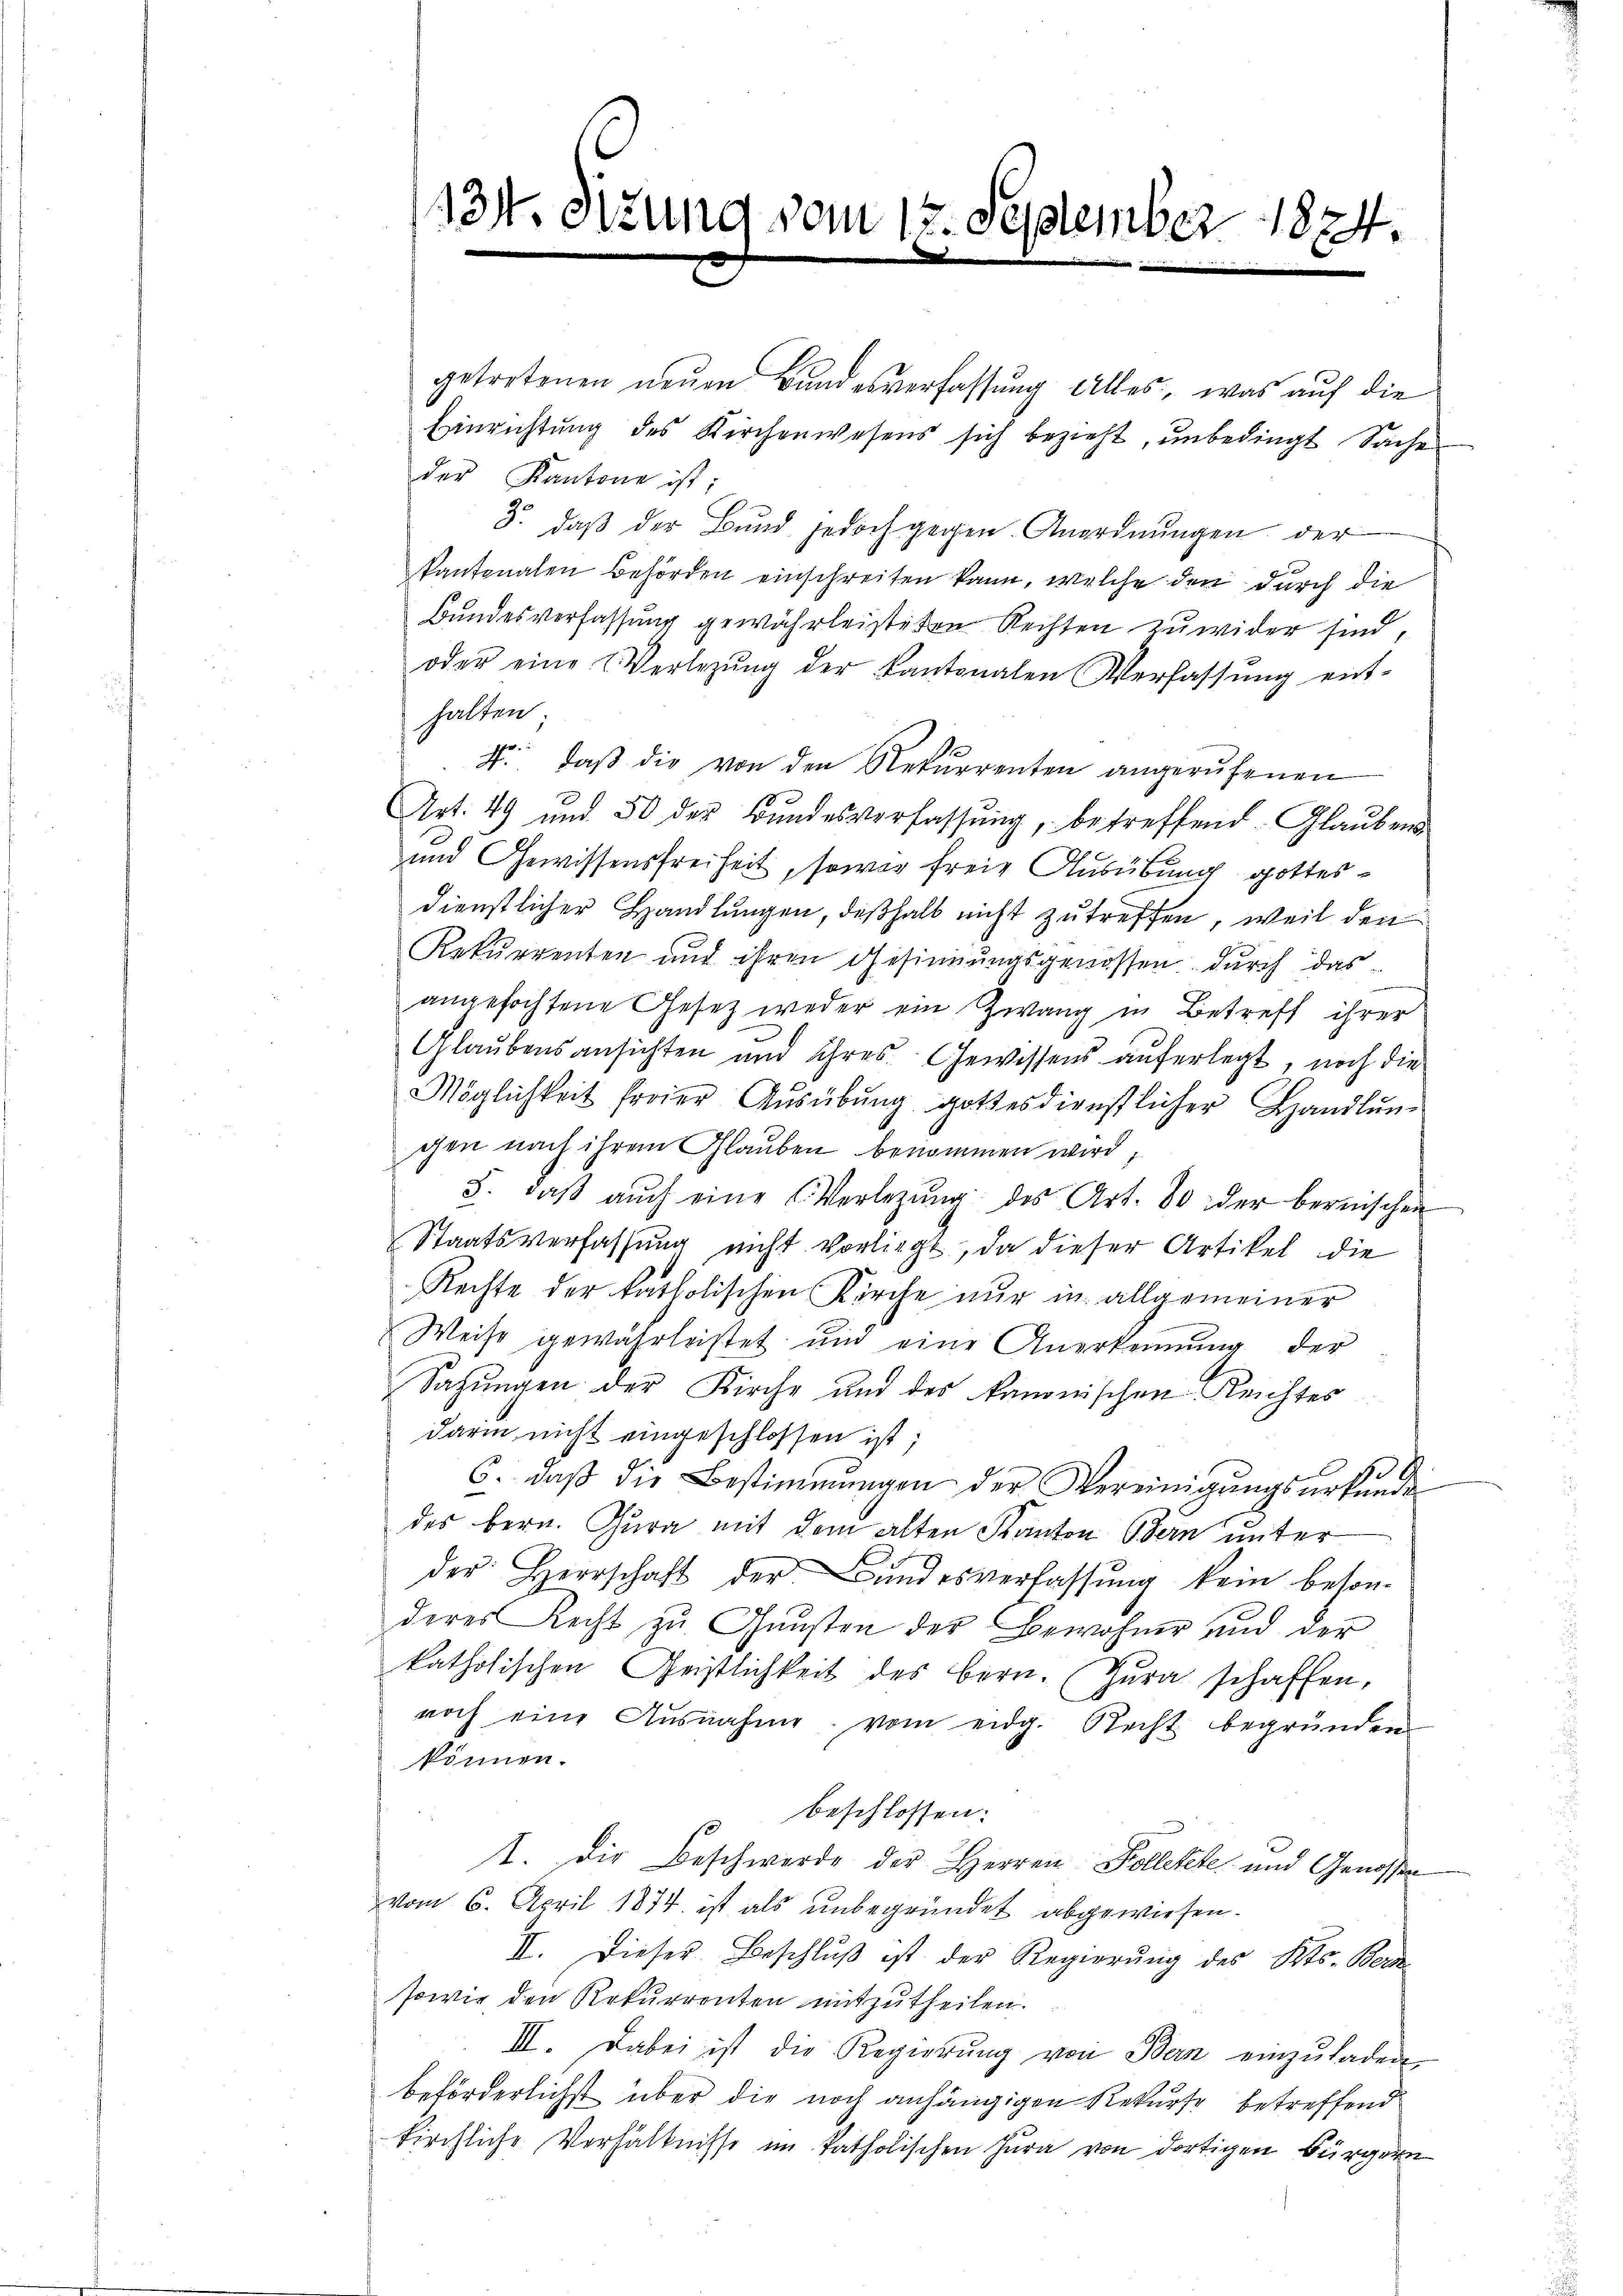
134.

tzung vom 17. September 1874.

getretenen neuen Bundesverfassung alles, was auf die
Einrichtung des Kirchenwesens sich bezieht, unbedingt Sache
der Kantone ist;
3. daß der Bund jedoch gegen Anordnungen der
kantonalen Behörden einschreiten kann, welche den durch die
Bundesverfassung gewährleisteten Rechten zuwider sind,
oder eine Verlegŭng der Kantonalen Verfassŭng ent-
halten
N. daβ die von den Rekurrenten angerŭfenen
Art. 49 und 50 des Bundesverfassung, betreffend Glaubens
und Gewissensfreiheit, sowas freie Ausübung gottesdienstlicher Handlungen, deßhalb nicht zu treffen, weil den
Rekurrenten und ihren Gesinnungsgenossen durch das
angefochtene Gesetz weder ein Zwang in Betreff ihrer
Glaubensansichten und ihres Gewissens auferlegt, noch die
Möglichkeit freier Aŭsübŭng gottesdienstlicher Handlŭn-
gen nach ihrem Glauben benommen wird;
3. daβ aŭch eine Verlegŭng des Art. 80 der bernischen
Staatsverfassung nicht vorliegt, da dieser Artikel die
Rechte der katholischen Kirche nur in allgemeiner
Weise gewährleistet und eine Anerkennung der
Sahungen der Kirche und des kanonischen Reichtes
darin nicht eingeschlossen ist;
l
6. daß die Bestimmungen der Vereinigungsurkunde
des Bern. Cura mit dem alten Kanton Bern unter
der Herrschaft der Bŭndesverfassŭng kein beson-
deres Recht zu Gunsten der Bewohner und der
katholischen Geistlichkeit des Bern. Zŭra schaffen,
noch eine Ausnahme vom eidg. Recht begründen
können.
beschlossen:
t. Die Beschwerde der Herren Kolletete und Genossen
vom 6. April 1874 ist als unbegründet abgewiesen.
II. Dieser Beschluß ist der Regierung des Kts. Bern
sowie den Rekurrenten mitzutheilen.
III. Dabei ist die Regierŭng von Bern einzŭladen
beförderlichst über die noch anhängigen Rekurse betreffend
kirchliche Verhältnisse im katholischen Jura von dortigen Bürgern